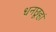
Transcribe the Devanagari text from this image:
धनछूहां